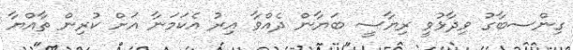
ގިންސބާގު ވިދާޅުވީ ރިޔާސީ ބަޔާން ދެއްވާ އިރު އެކަމަނާ އަށް ކުރިން ތާއްޔާ